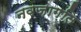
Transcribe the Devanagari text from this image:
नवजाग़ति